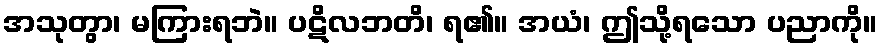
အသုတွာ၊ မကြားရဘဲ။ ပဋိလဘတိ၊ ရ၏။ အယံ၊ ဤသို့ရသော ပညာကို။